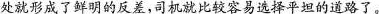
处就形成了鲜明的反差，司机就比较容易选择平坦的道路了。